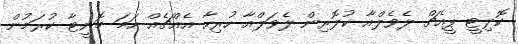
ކޮލިޓީ ޕީއެޗް ލެވެލްއާ ކުލޮރިން ލެވަލްއާ ހުރިހާ އެއްޗެއް ހަމަ މޮނީޓާ ކުރަމުން